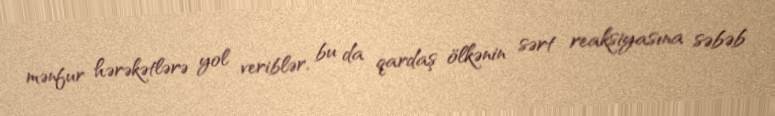
mənfur hərəkətlərə yol veriblər, bu da qardaş ölkənin sərt reaksiyasına səbəb